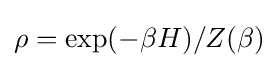
\rho =\exp(-\beta H)/Z(\beta )